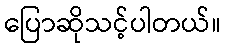
ပြောဆိုသင့်ပါတယ်။